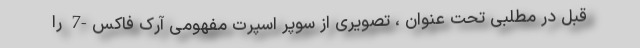
قبل در مطلبی تحت عنوان ، تصویری از سوپر اسپرت مفهومی آرک فاکس-7 را